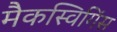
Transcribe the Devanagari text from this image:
मैकस्विगिंस